Language: tamil
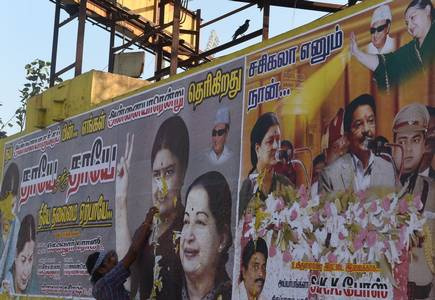
Transcription: தெரிகிறது சசிகலா நான் தாயே தாயே போஸ் எனும்